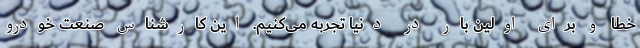
خطا و برای اولین‌ بار در دنیا تجربه می‌کنیم. این کارشناس صنعت خودرو